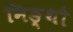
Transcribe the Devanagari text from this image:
निङ्थौ